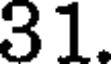
31.